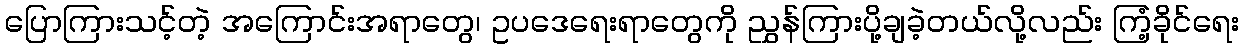
ပြောကြားသင့်တဲ့ အကြောင်းအရာတွေ၊ ဥပဒေရေးရာတွေကို ညွှန်ကြားပို့ချခဲ့တယ်လို့လည်း ကြံ့ခိုင်ရေး